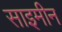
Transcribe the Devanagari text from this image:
साइमीन